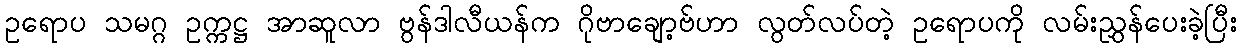
ဥရောပ သမဂ္ဂ ဥက္ကဋ္ဌ အာဆူလာ ဗွန်ဒါလီယန်က ဂိုဗာချော့ဗ်ဟာ လွတ်လပ်တဲ့ ဥရောပကို လမ်းညွှန်ပေးခဲ့ပြီး